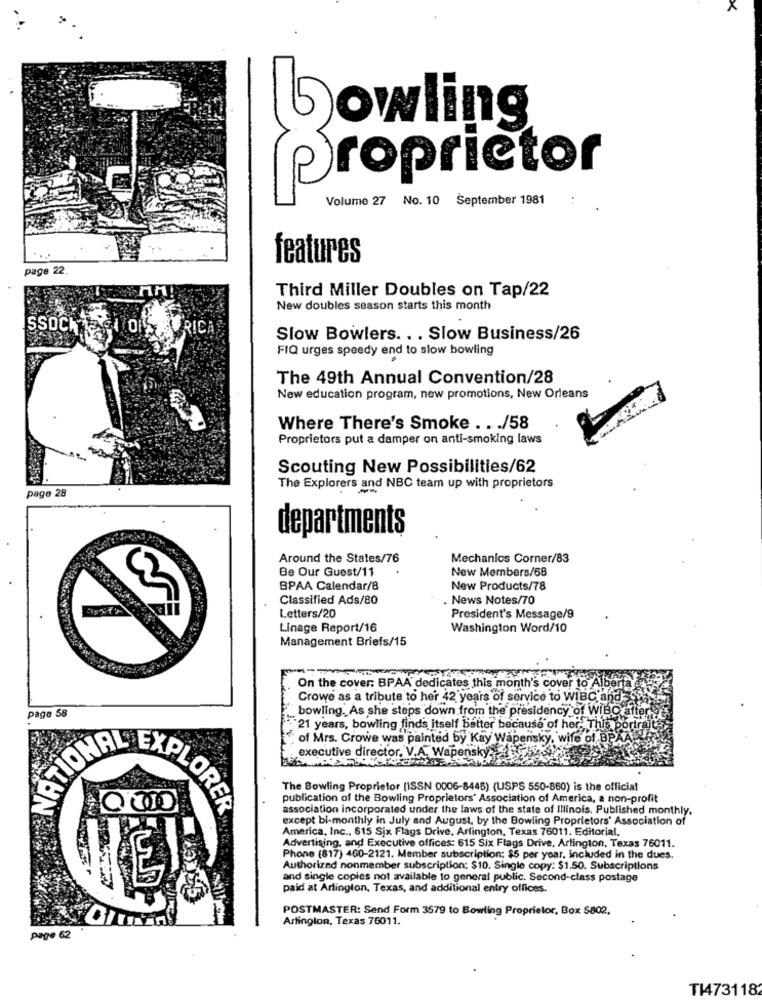
bowling
Proprietor
Volume 27 No. 10 September 1981
....
features
page 22.
Third Miller Doubles on Tap/22
New doubles season starts this month
SSOCHIGI OF URICA
Slow Bowlers. .. Slow Business/26
FIQ urges speedy end to slow bowling
The 49th Annual Convention/28
New education program, new promotions, New Orleans
Where There's Smoke .. . /58
Proprietors put a damper on anti-smoking laws
Scouting New Possibilities/62
page 28
The Explorers and NBC team up with proprietors
departments
Around the States/76
Mechanics Corner/83
Be Our Guest/11
New Members/68
BPAA Calendar/8
New Products/78
Classified Ads/80
News Notes/70
Letters/20
President's Message/9
Linage Report/16
Washington Word/10
Management Briefs/15
On the cover: BPAA dedicates this month's cover to Alberta
Crowe as a tribute to her 42 years of service to WIBC. and
bowling, As she steps down from the presidency of WIBO af
page 58
21 years, bowling finds itself better because of her-
of Mrs. Crowe was painted by Kay Wapensky,
executive director. V.A. Wa
The Bowling Proprietor (ISSN 0006-8448) (USPS 550-860) is the official
publication of the Bowling Proprietors' Association of America, a non-profit
EEXPLORER
association incorporated under the laws of the state of Illinois. Published monthly.
except bi-monthly in July and August, by the Bowling Proprietors' Association of
America, Inc ., 615 Six Flags Drive, Arlington, Texas 76011. Editorial,
Advertising, and Executive offices: 615 Six Flags Drive, Arlington, Texas 76011.
Phone (817) 460-2121. Member subscription: $5 per year, included in the dues.
Authorized nonmember subscription: $10. Single copy: $1.50. Subscriptions
and single copies not available to general public. Second-class postage
paid at Arlington, Texas, and additional entry offices.
POSTMASTER: Send Form 3579 to Bowling Proprietor, Box 5802.
Arlington, Texas 76011.
page 62
T14731182